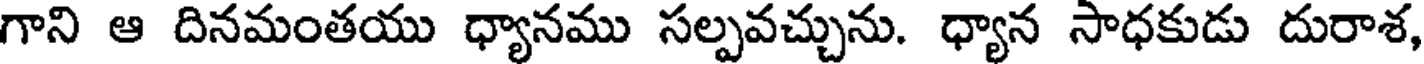
గాని ఆ దినమంతయు ధ్యానము సల్పవచ్చును. ధ్యాన సాధకుడు దురాశ,